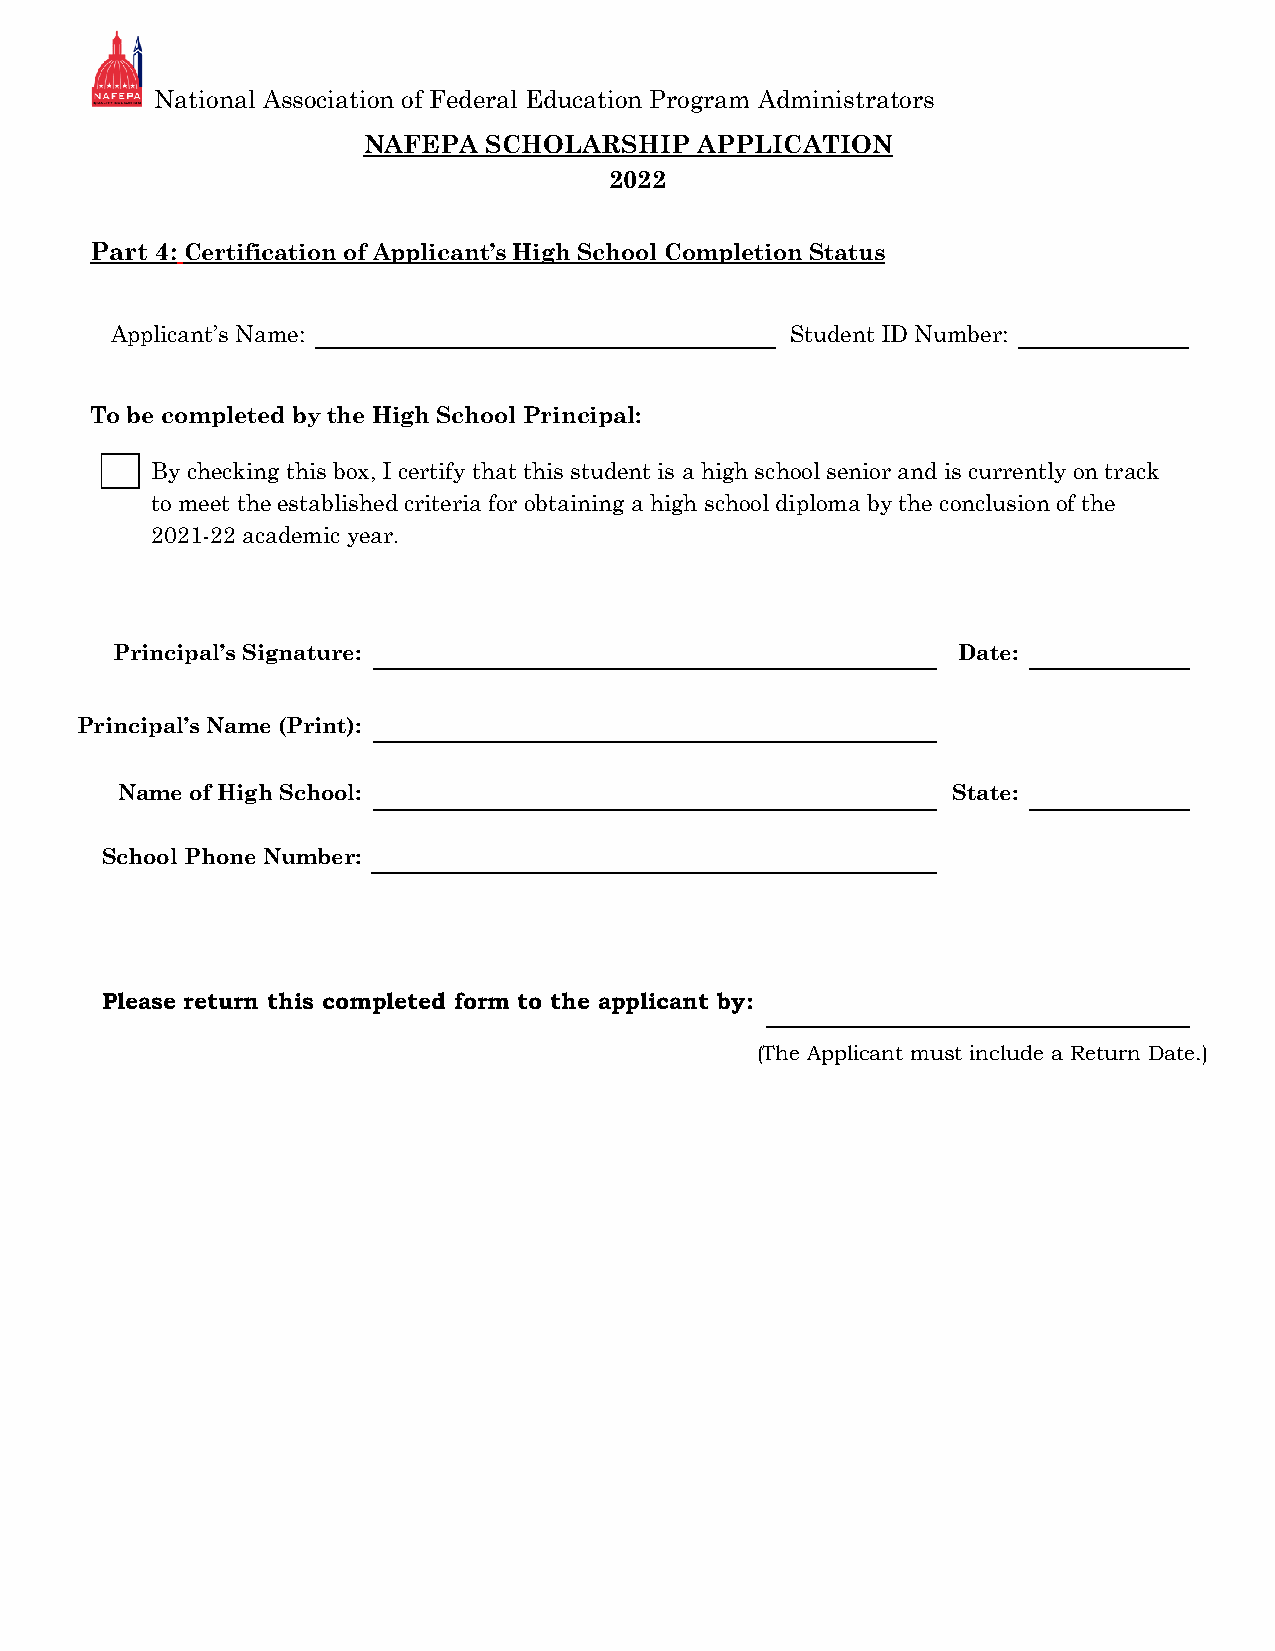
National Association of Federal Education Program Administrators
 NAFEPA  SCHOLARSHIP   APPLICATION
 2022
 Part 4: Certification of Applicant’s High School Completion Status
 Applicant’s Name:                            Student ID Number:
 To be completed by the High School Principal:
 By checking this box, I certify that this student is a high school senior and is currently on track
 to meet the established criteria for obtaining a high school diploma by the conclusion of the
 2021-22 academic year.
 Principal’s Signature:                                  Date:
 Principal’s Name (Print):
 Name of High School:                                   State:
 School Phone Number:
 Please return this completed form to the applicant by:
 (The Applicant must include a Return Date.)